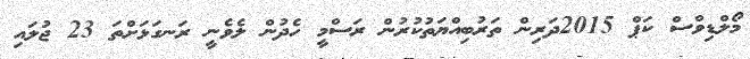
މޯލްޑިވްސް ކަޕް 2015ދަރިން ތަރުބިއްޔަތުކުރުން ރަސްމީ ހެދުން ލެވެނީ ރަނގަޅަށްތަ 23 ޖުލައި